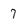
Character: 7